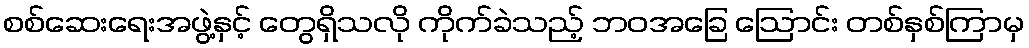
စစ်ဆေးရေးအဖွဲ့နှင့် တွေရှိသလို ကိုက်ခဲသည့် ဘဝအခြေ ဩောင်း တစ်နှစ်ကြာမှ